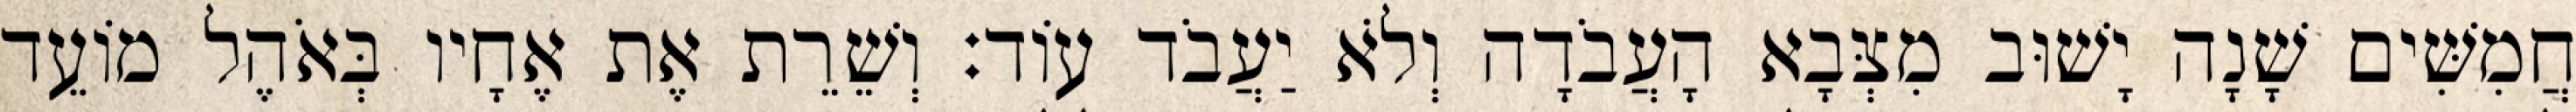
חֲמִשִּׁים שָׁנָה יָשׁוּב מִצְּבָא הָעֲבֹדָה וְלֹא יַעֲבֹד עוֹד׃ וְשֵׁרֵת אֶת אֶחָיו בְּאֹהֶל מוֹעֵד